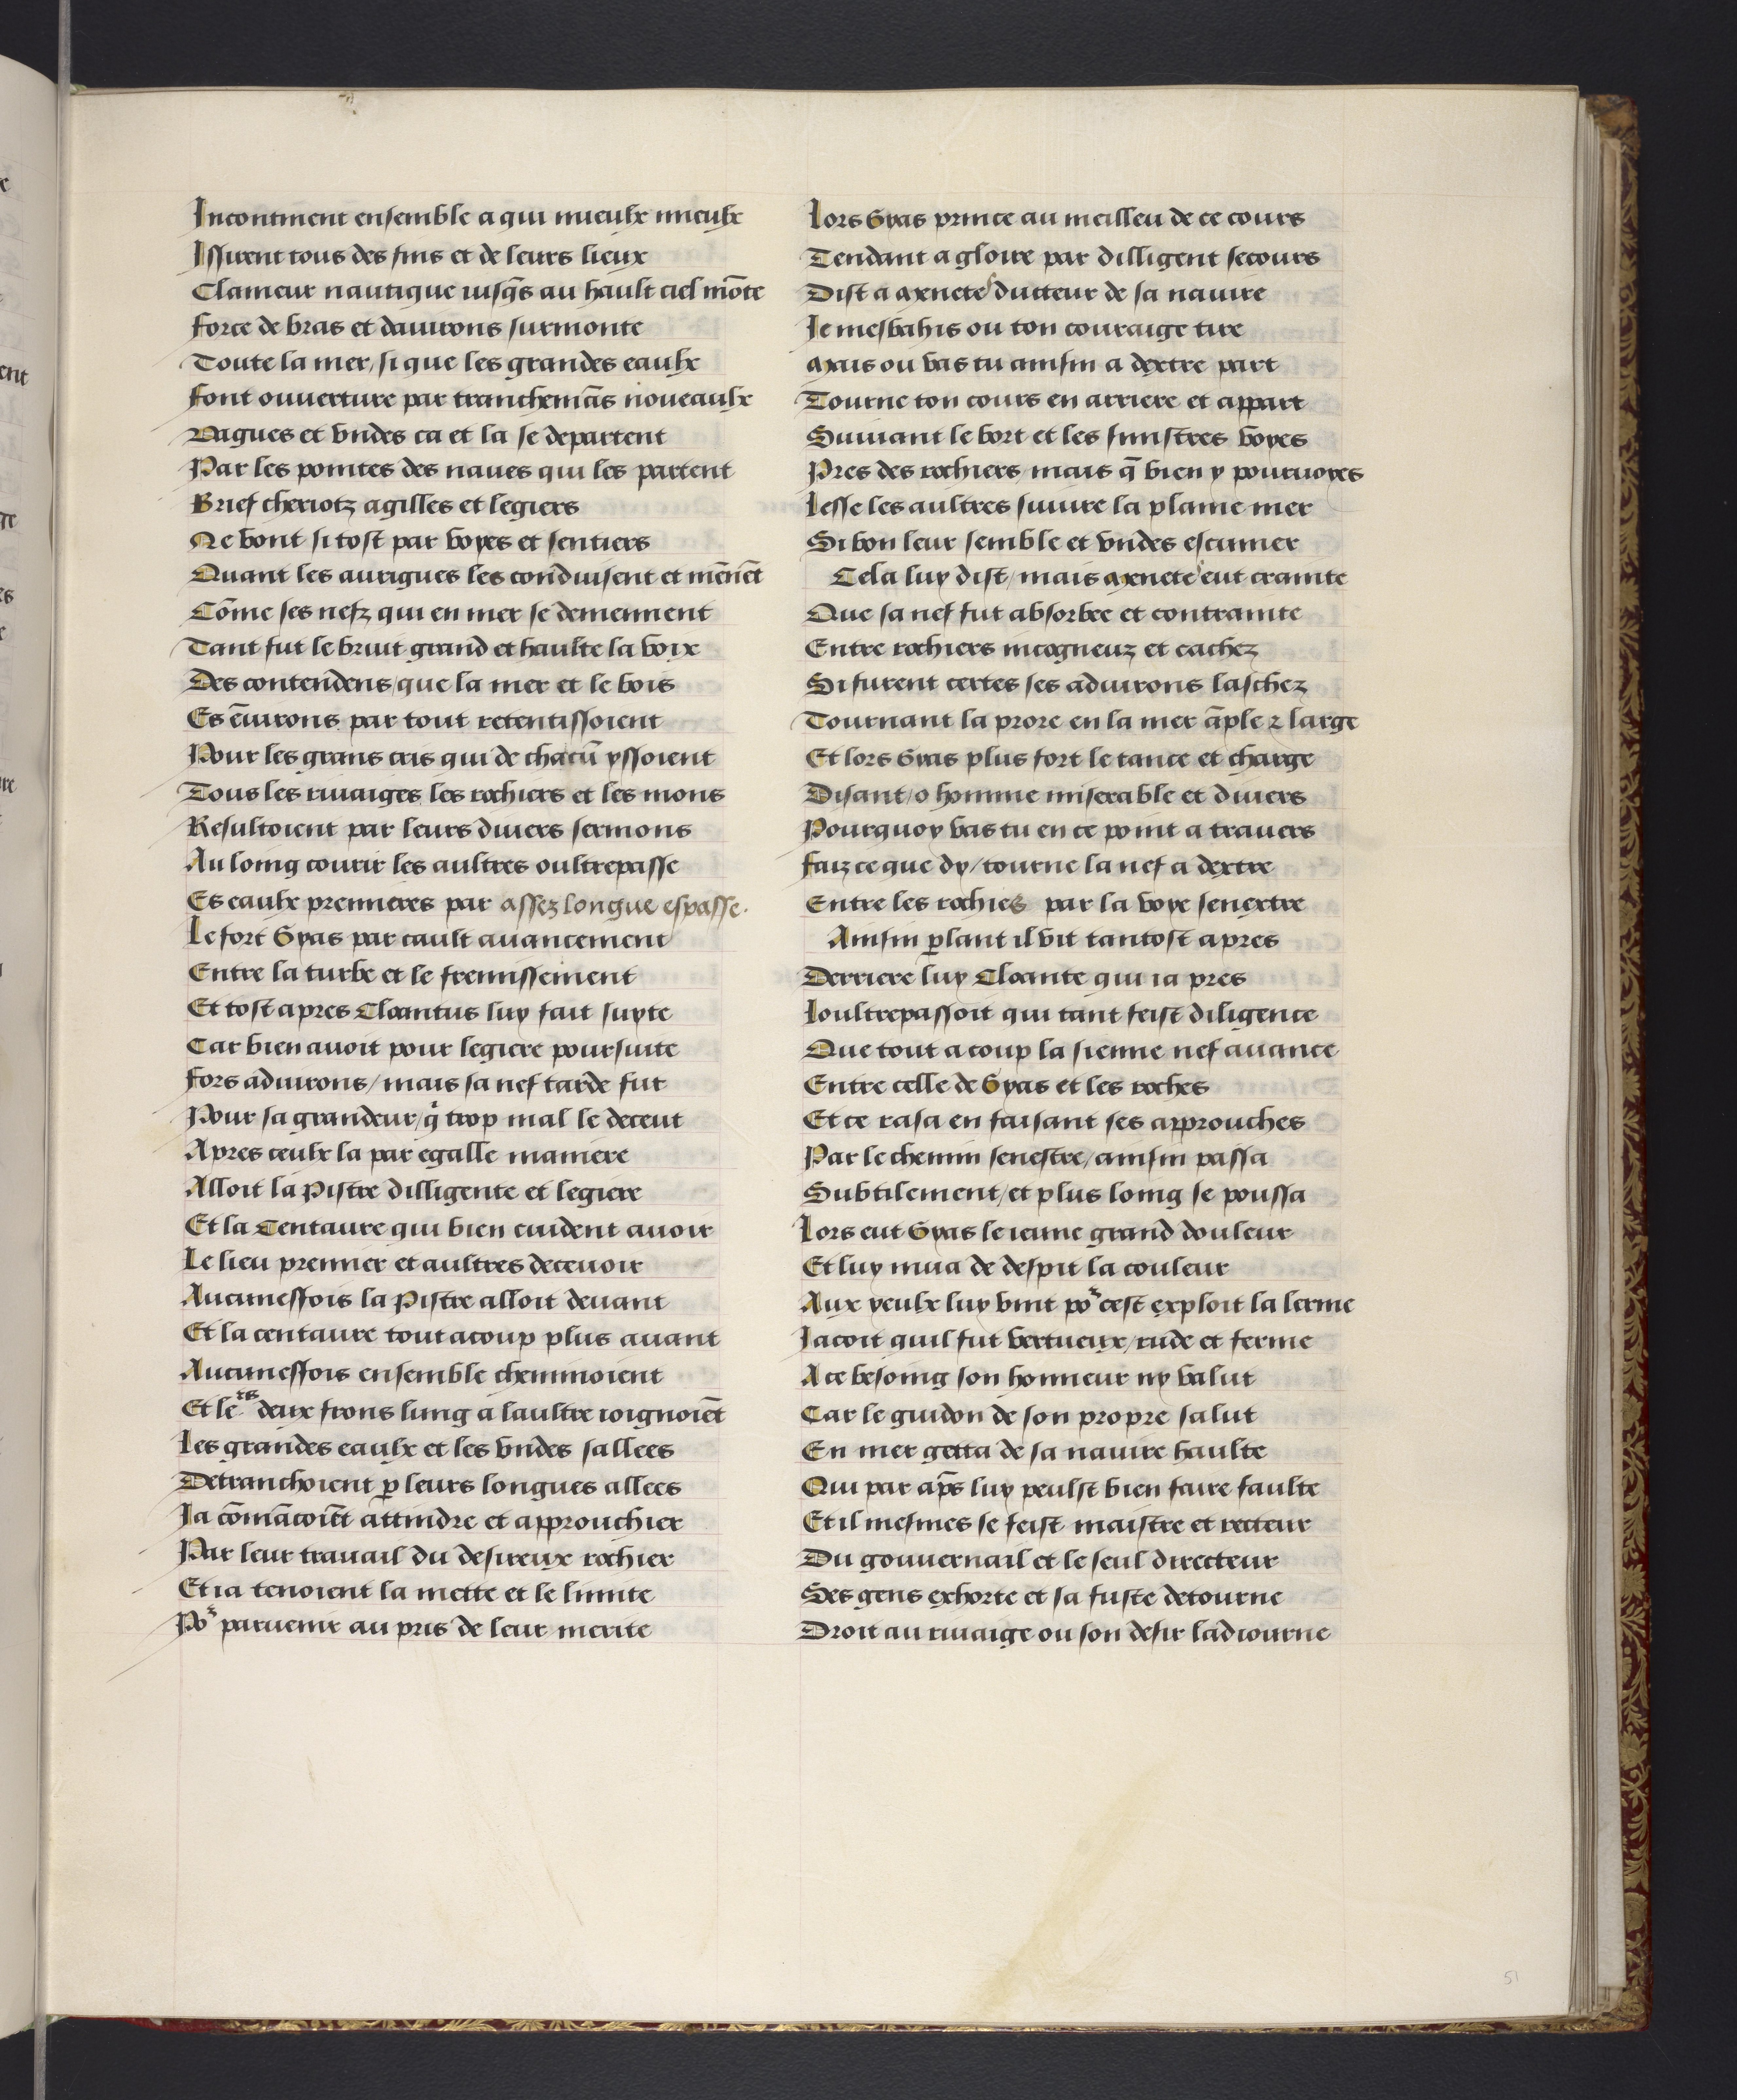
Shelfmark: Philadelphia, University of Pennsylvania, codex 909
Century: 15